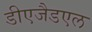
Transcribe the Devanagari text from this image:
डीएजैडएल